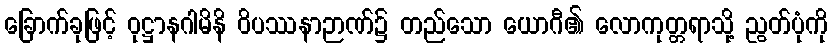
ခြောက်ခုဖြင့် ဝုဋ္ဌာနဂါမိနိ ဝိပဿနာဉာဏ်၌ တည်သော ယောဂီ၏ လောကုတ္တရာသို့ ညွတ်ပုံကို